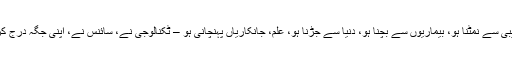
چاہے غریبی سے نمٹنا ہو، بیماریوں سے بچنا ہو، دنیا سے جڑنا ہو، علم، جانکاریاں پہنچانی ہو – ٹکنالوجی نے، سائنس نے، اپنی جگہ درج کرا دی ہے۔